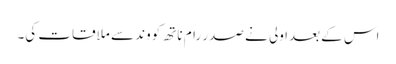
اس کے بعدا ولی نے صدر رام ناتھ کووند سے ملاقات کی۔